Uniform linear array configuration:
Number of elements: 48
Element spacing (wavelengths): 0.5
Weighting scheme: binomial
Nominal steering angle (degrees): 45
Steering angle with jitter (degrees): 43.704
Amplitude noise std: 0.05
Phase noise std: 0.05

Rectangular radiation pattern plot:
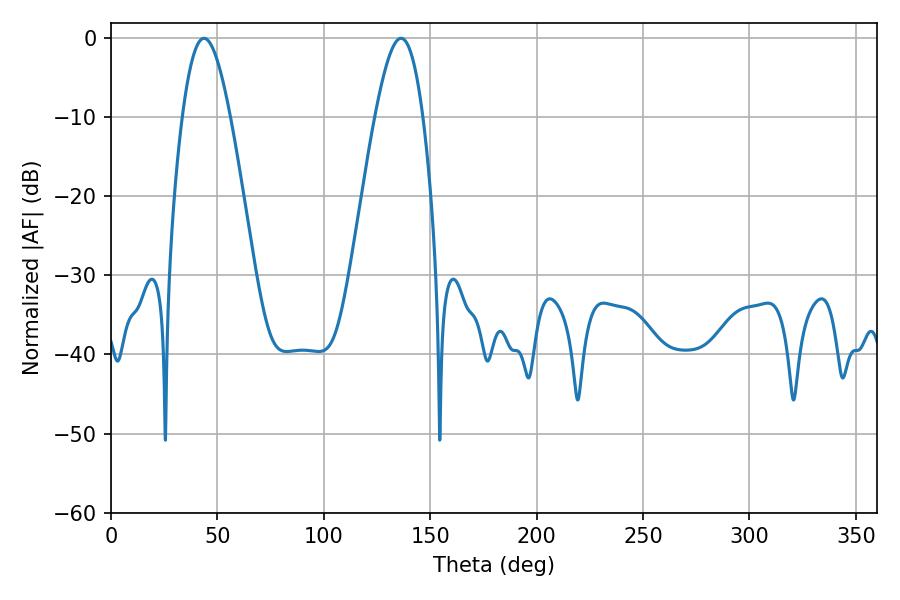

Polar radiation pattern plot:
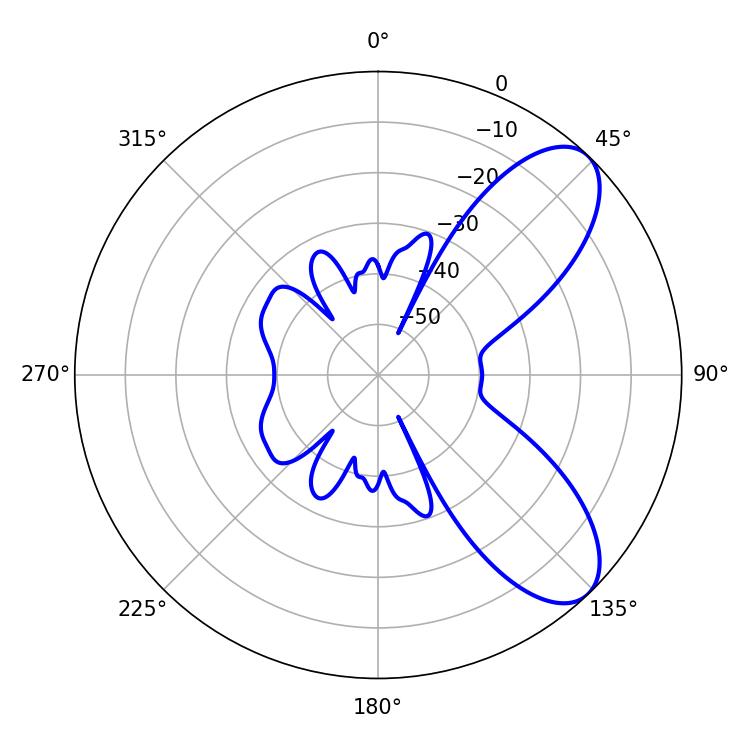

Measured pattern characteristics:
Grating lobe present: FALSE
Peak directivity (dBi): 7.956
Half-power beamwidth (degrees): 12.06
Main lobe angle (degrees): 43.74